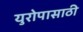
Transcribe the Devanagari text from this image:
युरोपासाठी